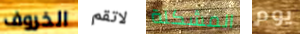
الخروف لاتقم المشكلة يوم